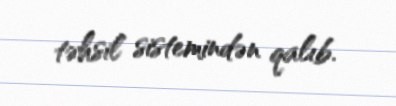
təhsil sistemindən qalıb.